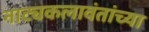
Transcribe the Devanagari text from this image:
नाट्यकलावंतांच्या